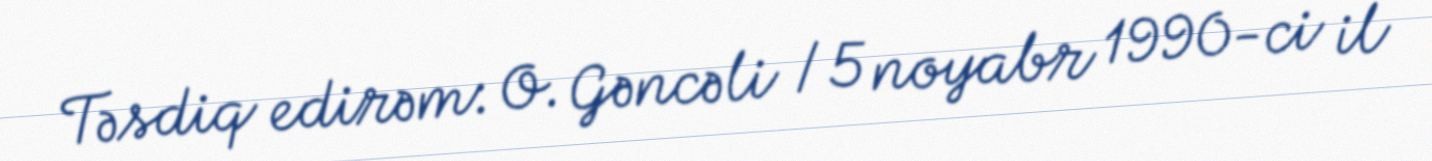
Təsdiq edirəm: O. Gəncəli / 5 noyabr 1990-ci il